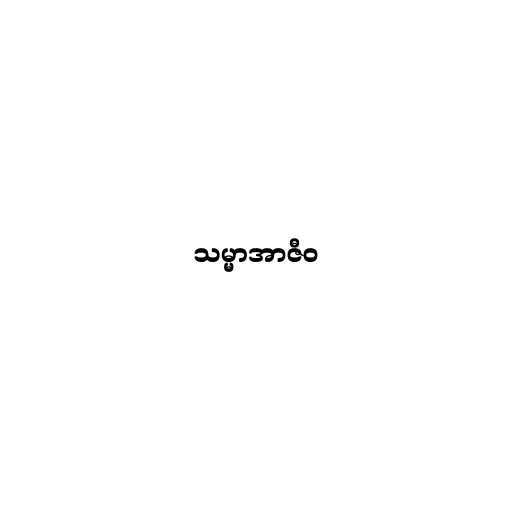
သမ္မာအာဇီဝ